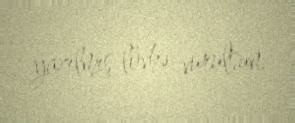
yazılmış lövhə vurulsun.